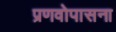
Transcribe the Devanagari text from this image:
प्रणवोपासना